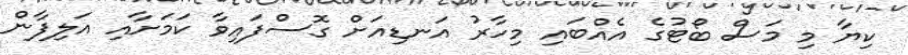
ކިޔާ މި މަސް ބޯޓުގެ އެއްބައި މިހާރު އަނޑިއަށް ގޮސްފައިވާ ކަމަށާއި އަލިފާން